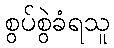
စွပ်စွဲခံရသူ